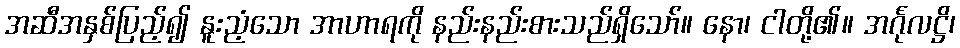
အဆီအနှစ်ပြည့်၍ နူးညံ့သော အာဟာရကို နည်းနည်းစားသည်ရှိသော်။ နော၊ ငါတို့၏။ အင်္ဂုလဋ္ဌိ၊